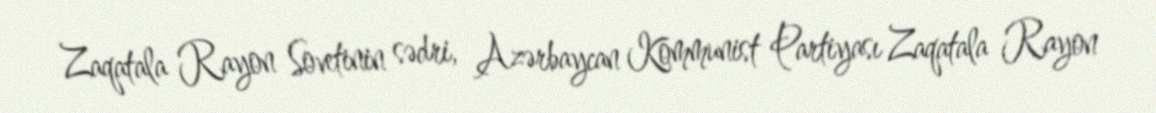
Zaqatala Rayon Sovetinin sədri, Azərbaycan Kommunist Partiyası Zaqatala Rayon